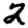
Digit: 2